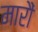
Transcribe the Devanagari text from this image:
मारौं